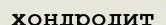
хондродит